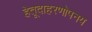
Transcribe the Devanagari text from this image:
हेतूदाहरणोपनय